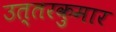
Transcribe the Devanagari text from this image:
उत्तरकुमार